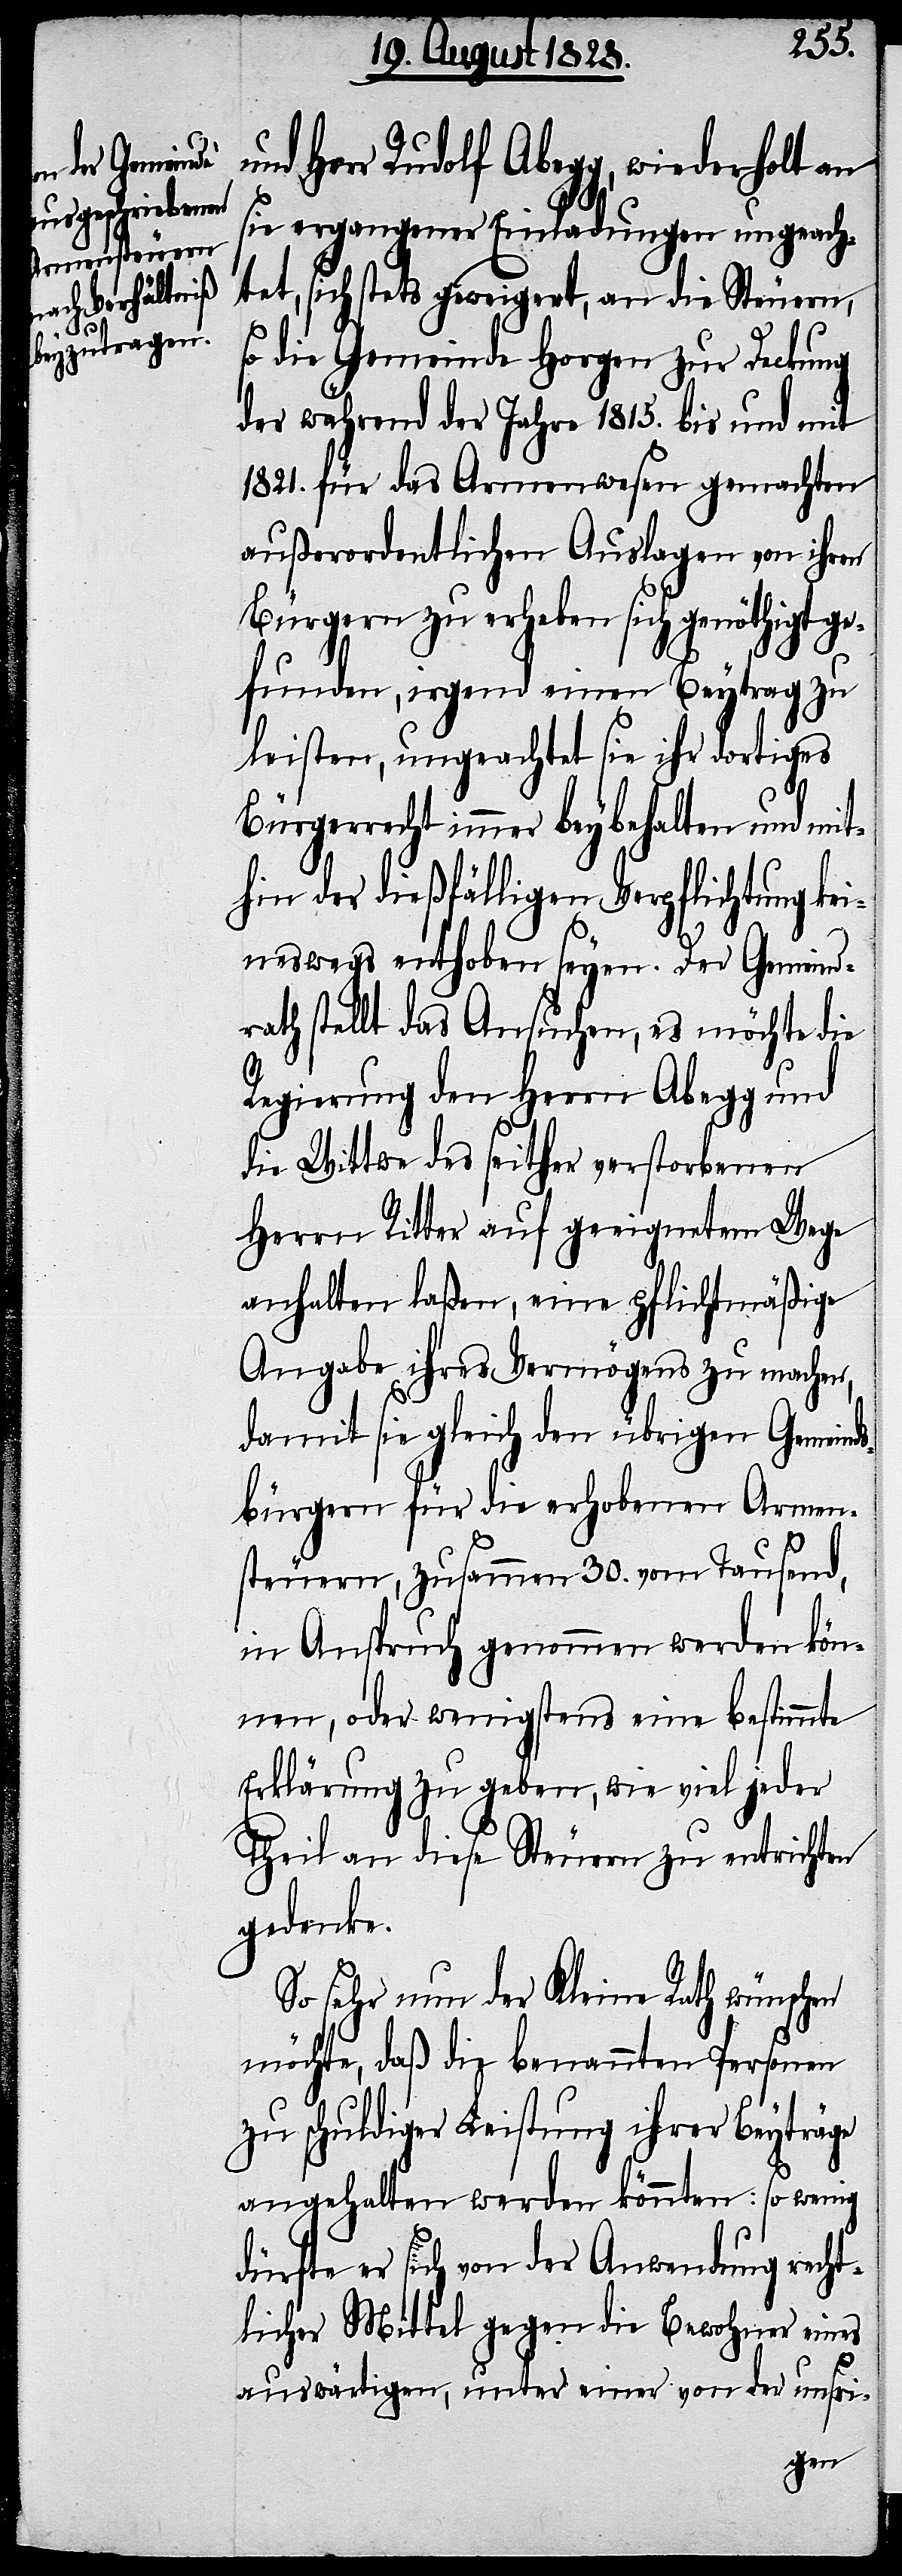
Herr Rudolf Abegg, wiederholt an
sie ergangener Einladung ungeach¬
tet, sich stets geweigert, an die Steuern,
so die Gemeinde Horgen zur Deckung
der während der Jahre 1815. bis und mit
1821. für das Armenwesen gemachten
außerordentlichen Auslagen von ihren
Bürgern zu erheben sich genöthigt ge¬
funden, irgend einen Beytrag zu
leisten, ungeachtet sie ihr dortiges
Bürgerrecht immer beybehalten und mit¬
hin der dießfälligen Verpflichtung kei¬
neswegs enthoben seyen. Der Gemeind¬
rath stellt das Ansuchen, es möchte die
Regierung den Herrn Abegg und
die Wittwe des seither verstorbenen
Herrn Ritter auf geeignetem Wege
anhalten laßen, eine pflichtmäßige
Angabe ihres Vermögens zu machen,
damit sie gleich den übrigen Gemeind¬
sbürgern für die erhobenen Armen¬
steuern, zusammen 30. von Tausend,
in Anspruch genommen werden kön¬
nen, oder wenigstens eine bestimmte
Erklärung zu geben, wie viel jeder
Theil an diese Steuern zu entrichten
gedenke.
So sehr nun der Kleine Rath wünschen
möchte, daß die benannten Personen
zu schuldiger Leistung ihrer Beyträge
angehalten werden könnten: so wenig
dürfte er sich von der Anwendung recht¬
licher Mittel gegen die Bewohner eines
auswärtigen, unter einer von der unsri-